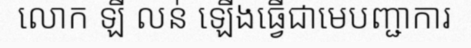
លោក ឡី លន់ ឡើងធ្វើជាមេបញ្ជាការ